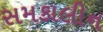
સમકાલીન